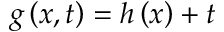
g \left( x , t \right) = h \left( x \right) + t